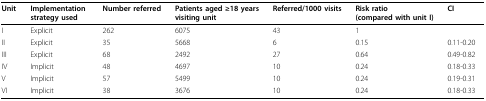
<table><thead><tr><td><b>Unit</b></td><td><b>Implementation strategy used</b></td><td><b>Number referred</b></td><td><b>Patients aged ≥18 years visiting unit</b></td><td><b>Referred/1000 visits</b></td><td><b>Risk ratio (compared with unit I)</b></td><td><b>CI</b></td></tr></thead><tbody><tr><td>I</td><td>Explicit</td><td>262</td><td>6075</td><td>43</td><td>1</td><td></td></tr><tr><td>II</td><td>Explicit</td><td>35</td><td>5668</td><td>6</td><td>0.15</td><td>0.11-0.20</td></tr><tr><td>III</td><td>Explicit</td><td>68</td><td>2492</td><td>27</td><td>0.64</td><td>0.49-0.82</td></tr><tr><td>IV</td><td>Implicit</td><td>48</td><td>4697</td><td>10</td><td>0.24</td><td>0.18-0.33</td></tr><tr><td>V</td><td>Implicit</td><td>57</td><td>5499</td><td>10</td><td>0.24</td><td>0.19-0.31</td></tr><tr><td>VI</td><td>Implicit</td><td>38</td><td>3676</td><td>10</td><td>0.24</td><td>0.18-0.33</td></tr></tbody></table>